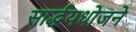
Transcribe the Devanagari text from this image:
सार्द्धयधोजने